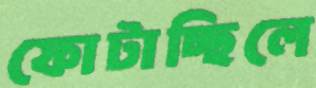
ফোটাচ্ছিলে